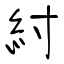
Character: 紂